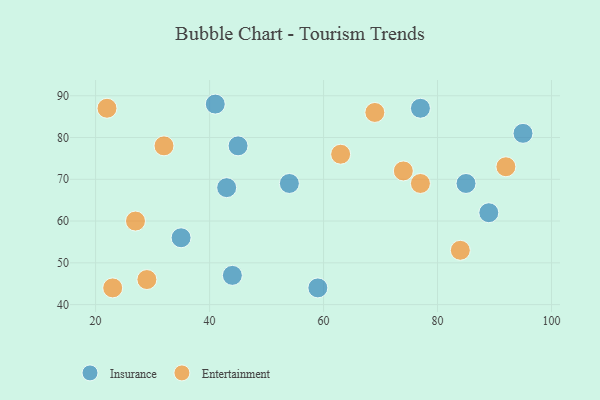
{"axis": {"x": "GDP", "y": "Life Expectancy"}, "legend": ["Entertainment", "Insurance"], "data": [{"x": "54", "y": 69, "type": "Insurance"}, {"x": "85", "y": 69, "type": "Insurance"}, {"x": "95", "y": 81, "type": "Insurance"}, {"x": "44", "y": 47, "type": "Insurance"}, {"x": "41", "y": 88, "type": "Insurance"}, {"x": "45", "y": 78, "type": "Insurance"}, {"x": "35", "y": 56, "type": "Insurance"}, {"x": "59", "y": 44, "type": "Insurance"}, {"x": "89", "y": 62, "type": "Insurance"}, {"x": "77", "y": 87, "type": "Insurance"}, {"x": "43", "y": 68, "type": "Insurance"}, {"x": "22", "y": 87, "type": "Entertainment"}, {"x": "77", "y": 69, "type": "Entertainment"}, {"x": "92", "y": 73, "type": "Entertainment"}, {"x": "27", "y": 60, "type": "Entertainment"}, {"x": "29", "y": 46, "type": "Entertainment"}, {"x": "84", "y": 53, "type": "Entertainment"}, {"x": "32", "y": 78, "type": "Entertainment"}, {"x": "23", "y": 44, "type": "Entertainment"}, {"x": "63", "y": 76, "type": "Entertainment"}, {"x": "69", "y": 86, "type": "Entertainment"}, {"x": "74", "y": 72, "type": "Entertainment"}]}